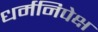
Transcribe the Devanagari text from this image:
धर्मनिपेक्ष